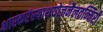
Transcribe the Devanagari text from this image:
भास्करंस्याथयोजनैलतन्मिरो